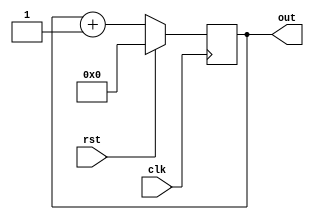
`timescale 1ns / 1ps
//////////////////////////////////////////////////////////////////////////////////
// Company: 
// Engineer: 
// 
// Design Name: 
// Module Name:    counter_arith 
// Project Name: 
// Target Devices: 
// Tool versions: 
// Description: 
//
// Dependencies: 
//
// Revision: 
// Revision 0.01 - File Created
// Additional Comments: 
//
//////////////////////////////////////////////////////////////////////////////////
module counter_arith(
	input clk,
	input rst,
	output reg [3:0] out
	);
	
	always @(posedge clk)
		begin
			if(rst)
				out <= 4'b0;
			else
				out <= out + 1'b1;
		end
endmodule